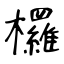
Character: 欏